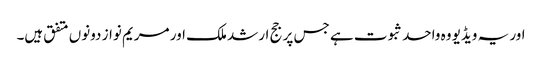
اور یہ ویڈیو وہ واحد ثبوت ہے جس پر جج ارشد ملک اور مریم نواز دونوں متفق ہیں۔